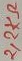
Text: 2,2KΩ